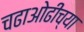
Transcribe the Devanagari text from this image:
चढाओढीच्या